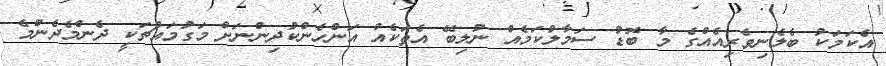
އެކަމަކު ބެލެނިވެރިއެއްގެ މާ ބޮޑު ސަމާލުކަމެއް ނުލިބޭ އެތަކެއް އަންހެންކުދިންނަށް މަގުމައްޗަކީ ދެންމެދެންމެ